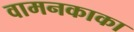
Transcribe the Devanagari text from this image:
वामनकाका